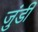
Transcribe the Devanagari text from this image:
जुंडी